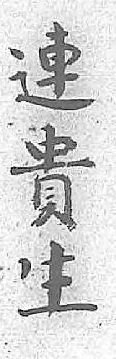
連貴生